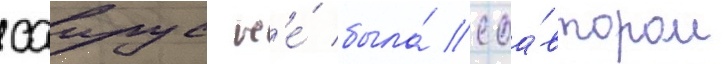
саирус н'е́ была́ соа́втором